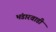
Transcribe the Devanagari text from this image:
भंडारवाडी